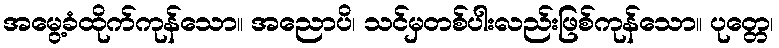
အမွေ့ခံထိုက်ကုန်သော။ အညောပိ၊ သင်မှတစ်ပါးလည်းဖြစ်ကုန်သော။ ပုတ္တေ၊